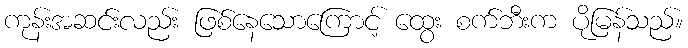
ကုန်းအဆင်းလည်း ဖြစ်နေသောကြောင့် ထွေး စက်ဘီးက ပိုမြန်သည်။